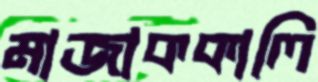
মাজাককালি